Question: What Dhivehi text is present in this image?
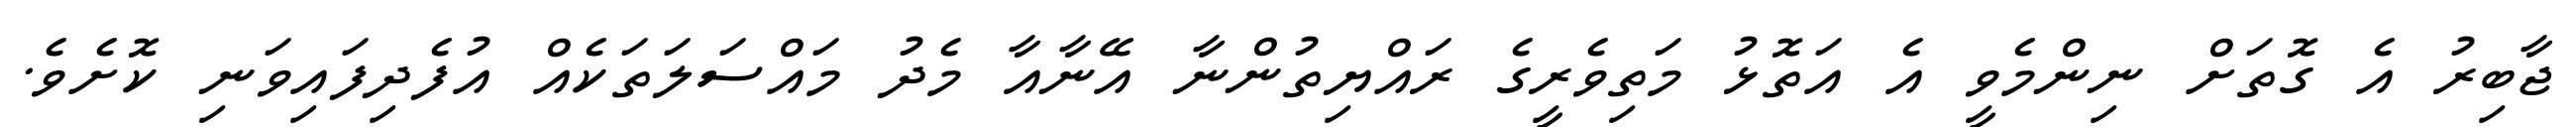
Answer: ޖާބިރު އެ ގޮތަށް ނިންމެވީ އެ އަތޮޅު މަތިވެރީގެ ރައްޔިތުންނާ އޭނާއާ މެދު މައްސަލަތަކެއް އުފެދިފައިވަނި ކޮށެވެ.